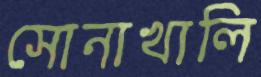
সোনাখালি